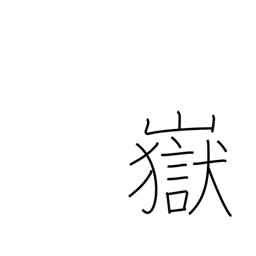
Meaning: peak